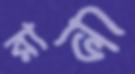
রাভি